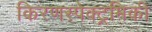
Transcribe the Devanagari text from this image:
किरणस्पेक्ट्रमिकी